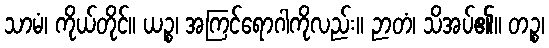
သာမံ၊ ကိုယ်တိုင်။ ယဉ္စ၊ အကြင်ရောဂါကိုလည်း။ ဉာတံ၊ သိအပ်၏။ တဉ္စ၊